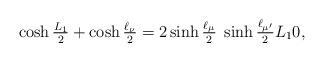
LaTeX: \begin{align*}\cosh\tfrac{L_1}{2}+\cosh\tfrac{\ell_\nu}{2}=2\sinh\tfrac{\ell_\mu}{2}\;\sinh\tfrac{\ell_{\mu'}}{2}L_10,\end{align*}